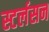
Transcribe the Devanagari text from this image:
स्टर्लसन